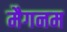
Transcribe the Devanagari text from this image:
मैगनम